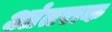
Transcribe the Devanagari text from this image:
आंतराक